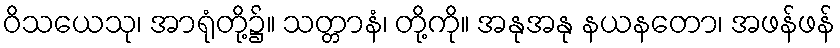
ဝိသယေသု၊ အာရုံတို့၌။ သတ္တာနံ၊ တို့ကို။ အနုအနု နယနတော၊ အဖန်ဖန်